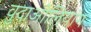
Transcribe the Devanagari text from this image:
वुदाओलियांग